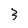
Character: 3